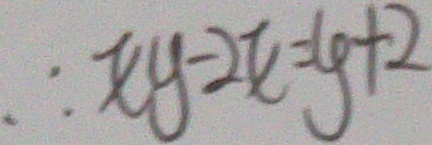
\therefore x y - 2 x = y + 2